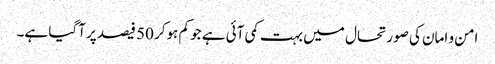
امن و امان کی صورتحال میں بہت کمی آئی ہے جو کم ہوکر 50 فیصد پر آگیا ہے۔